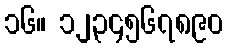
၁၆။ ၁၂၃၄၅၆၇၈၉၀